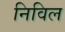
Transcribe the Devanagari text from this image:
निविल